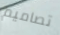
تصاميم